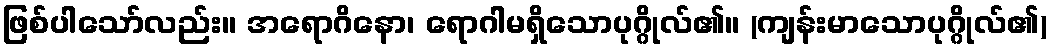
ဖြစ်ပါသော်လည်း။ အရောဂိနော၊ ရောဂါမရှိသောပုဂ္ဂိုလ်၏။ (ကျန်းမာသောပုဂ္ဂိုလ်၏)